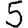
Digit: 5